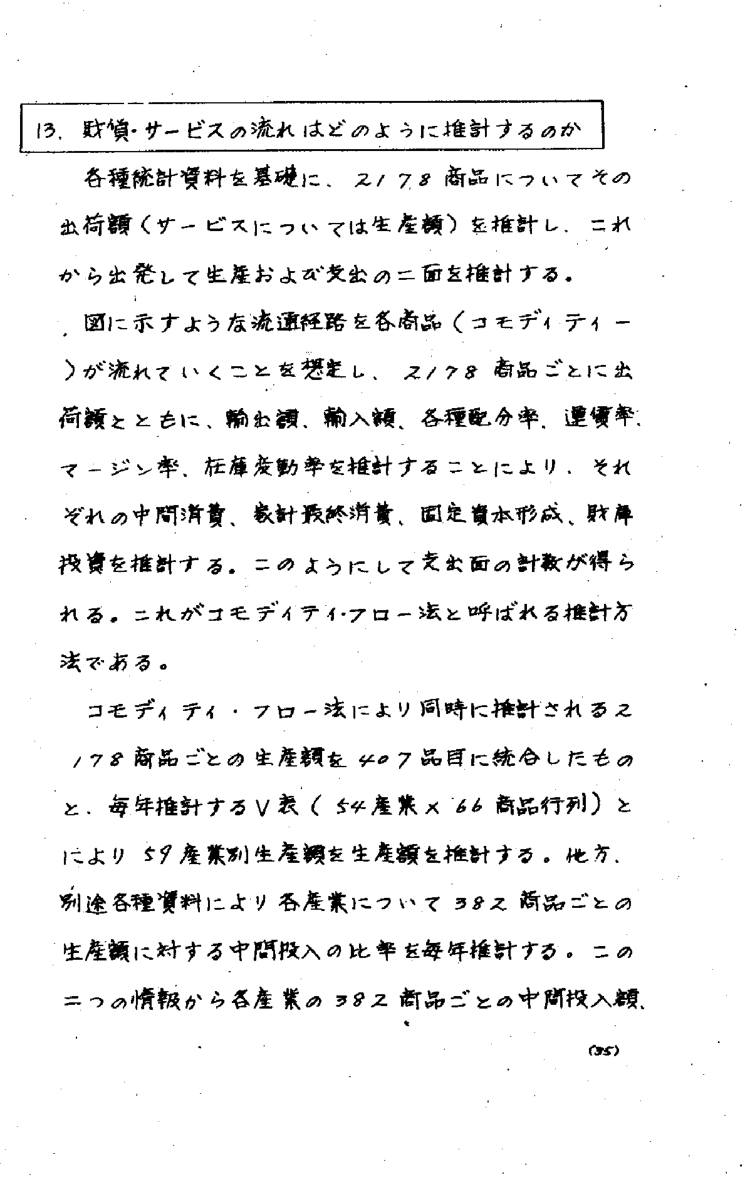
13. 財貨・サービスの流れはどのように推計するのか

各種統計資料を基礎に、2178商品についてその出荷額（サービスについては生産額）を推計し、これから出発して生産および支出の二面を推計する。

図に示すような流通経路を各商品（コモディティー）が流れていくことを想定し、2178商品ごとに出荷額とともに、輸出額、輸入額、各種配分率、運賃率、マージン率、在庫変動率を推計することにより、それぞれの中間消費、家計最終消費、固定資本形成、財貨投資を推計する。このようにして支出面の計数が得られる。これがコモディティ・フロー法と呼ばれる推計方法である。

コモディティ・フロー法により同時に推計される2178商品ごとの生産額を407品目に統合したものと、毎年推計するV表（54産業×66商品行列）により59産業別生産額を生産額を推計する。他方、別途各種資料により各産業について382商品ごとの生産額に対する中間投入の比率を毎年推計する。この二つの情報から各産業の382商品ごとの中間投入額

(35)